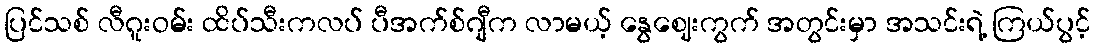
ပြင်သစ် လီဂူးဝမ်း ထိပ်သီးကလပ် ပီအက်စ်ဂျီက လာမယ့် နွေဈေးကွက် အတွင်းမှာ အသင်းရဲ့ ကြယ်ပွင့်